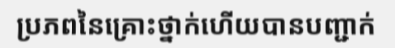
ប្រភពនៃគ្រោះថ្នាក់ហើយបានបញ្ជាក់